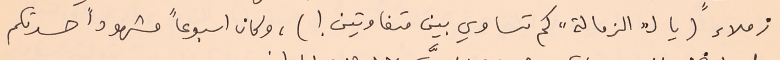
زملاء (يا لـ"الزمالة" كم تساوي بين متفاوتين !)، وكان اسبوعاً مشهوداً حسدتكم